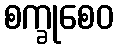
စက္ခုစေဝ